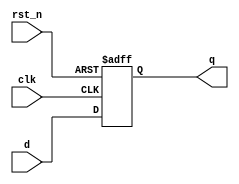
`timescale 1ns / 1ps

module dff0(
   input  clk,
   input  rst_n,
   input  d,
   output reg q
    );
    
always@(posedge clk or negedge rst_n)
  if (!rst_n)
    q <= 0;
  else
    q <= d;
endmodule

module dff1(
   input  clk,
   input  rst_n,
   input  d,
   output reg q
    );
    
always@(posedge clk or negedge rst_n)
  if (!rst_n)
    q <= 1;
  else
    q <= d;
endmodule

module Lab_2(
    input dis,
    input reset,
    input clk,
    output wire [3:0] DEC
    );
    
    wire d0, d1, d2, d3, a0, a1, a2;
    
    xnor  t1(d0, DEC[0], dis);
    dff1 dff1(clk, reset, d0, DEC[0]);
    or o1(a0, dis, DEC[0]);
    
    xnor  t2(d1, DEC[1], a0);
    dff1 dff2(clk, reset, d1, DEC[1]);
    or o2(a1, a0, DEC[0], DEC[1]);
    
    xnor  t3(d2, DEC[2], a1);
    dff1 dff3(clk, reset, d2, DEC[2]);
    or o3(a2, a1, DEC[0], DEC[1], DEC[2]);
    
    xnor  t4(d3, DEC[3], a2);
    dff0 dff4(clk, reset, d3, DEC[3]);
    
endmodule